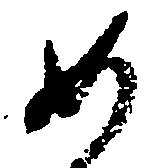
如